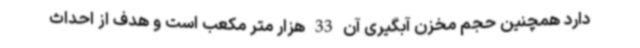
دارد همچنین حجم مخزن آبگیری آن 33 هزار متر مکعب است و هدف از احداث